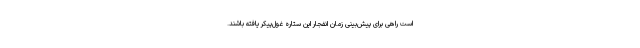
است راهی برای پیش‌بینی زمان انفجار این ستاره غول‌پیکر یافته باشند.